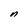
Character: n